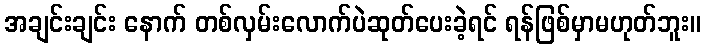
အချင်းချင်း နောက် တစ်လှမ်းလောက်ပဲဆုတ်ပေးခဲ့ရင် ရန်ဖြစ်မှာမဟုတ်ဘူး။